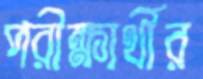
পরীক্ষার্থীর